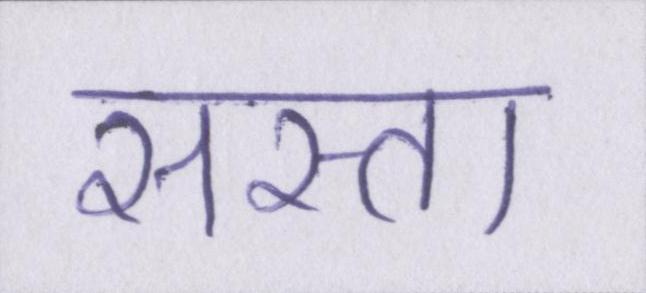
सस्ता